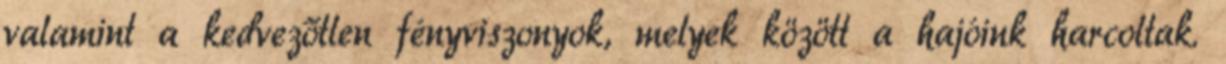
valamint a kedvezőtlen fényviszonyok, melyek között a hajóink harcoltak.